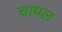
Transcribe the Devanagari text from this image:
चापल